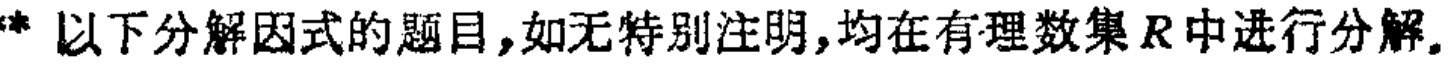
以下分解因式的题目，如无特别注明，均在有理数集\(R\)中进行分解。